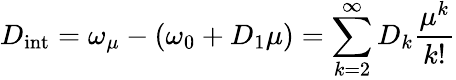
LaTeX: D_{\mathrm{int}}=\omega_{\mu}-(\omega_{0}+D_{1}\mu)=\sum_{k=2}^{\infty}D_{k}\frac{\mu^{k}}{k!}